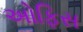
અોફિસ